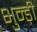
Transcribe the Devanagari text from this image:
भुन्ड़ी